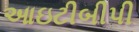
આઇટીબીપી